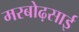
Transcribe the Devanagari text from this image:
मरबोढ़साई